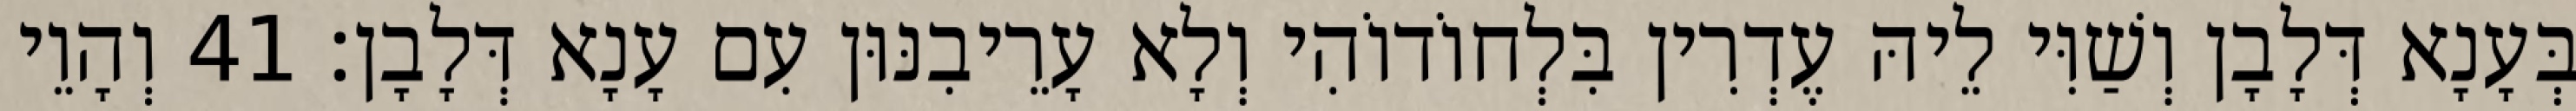
בְּעָנָא דְּלָבָן וְשַׁוִּי לֵיהּ עֶדְרִין בִּלְחוֹדוֹהִי וְלָא עָרֵיבִנּוּן עִם עָנָא דְּלָבָן׃ 41 וְהָוֵי